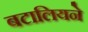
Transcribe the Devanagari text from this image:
बटालियने